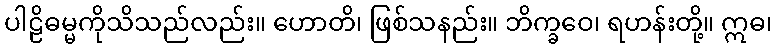
ပါဠိဓမ္မကိုသိသည်လည်း။ ဟောတိ၊ ဖြစ်သနည်း။ ဘိက္ခဝေ၊ ရဟန်းတို့။ ဣဓ၊